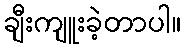
ချီးကျူးခဲ့တာပါ။